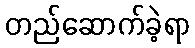
တည်ဆောက်ခဲ့ရာ